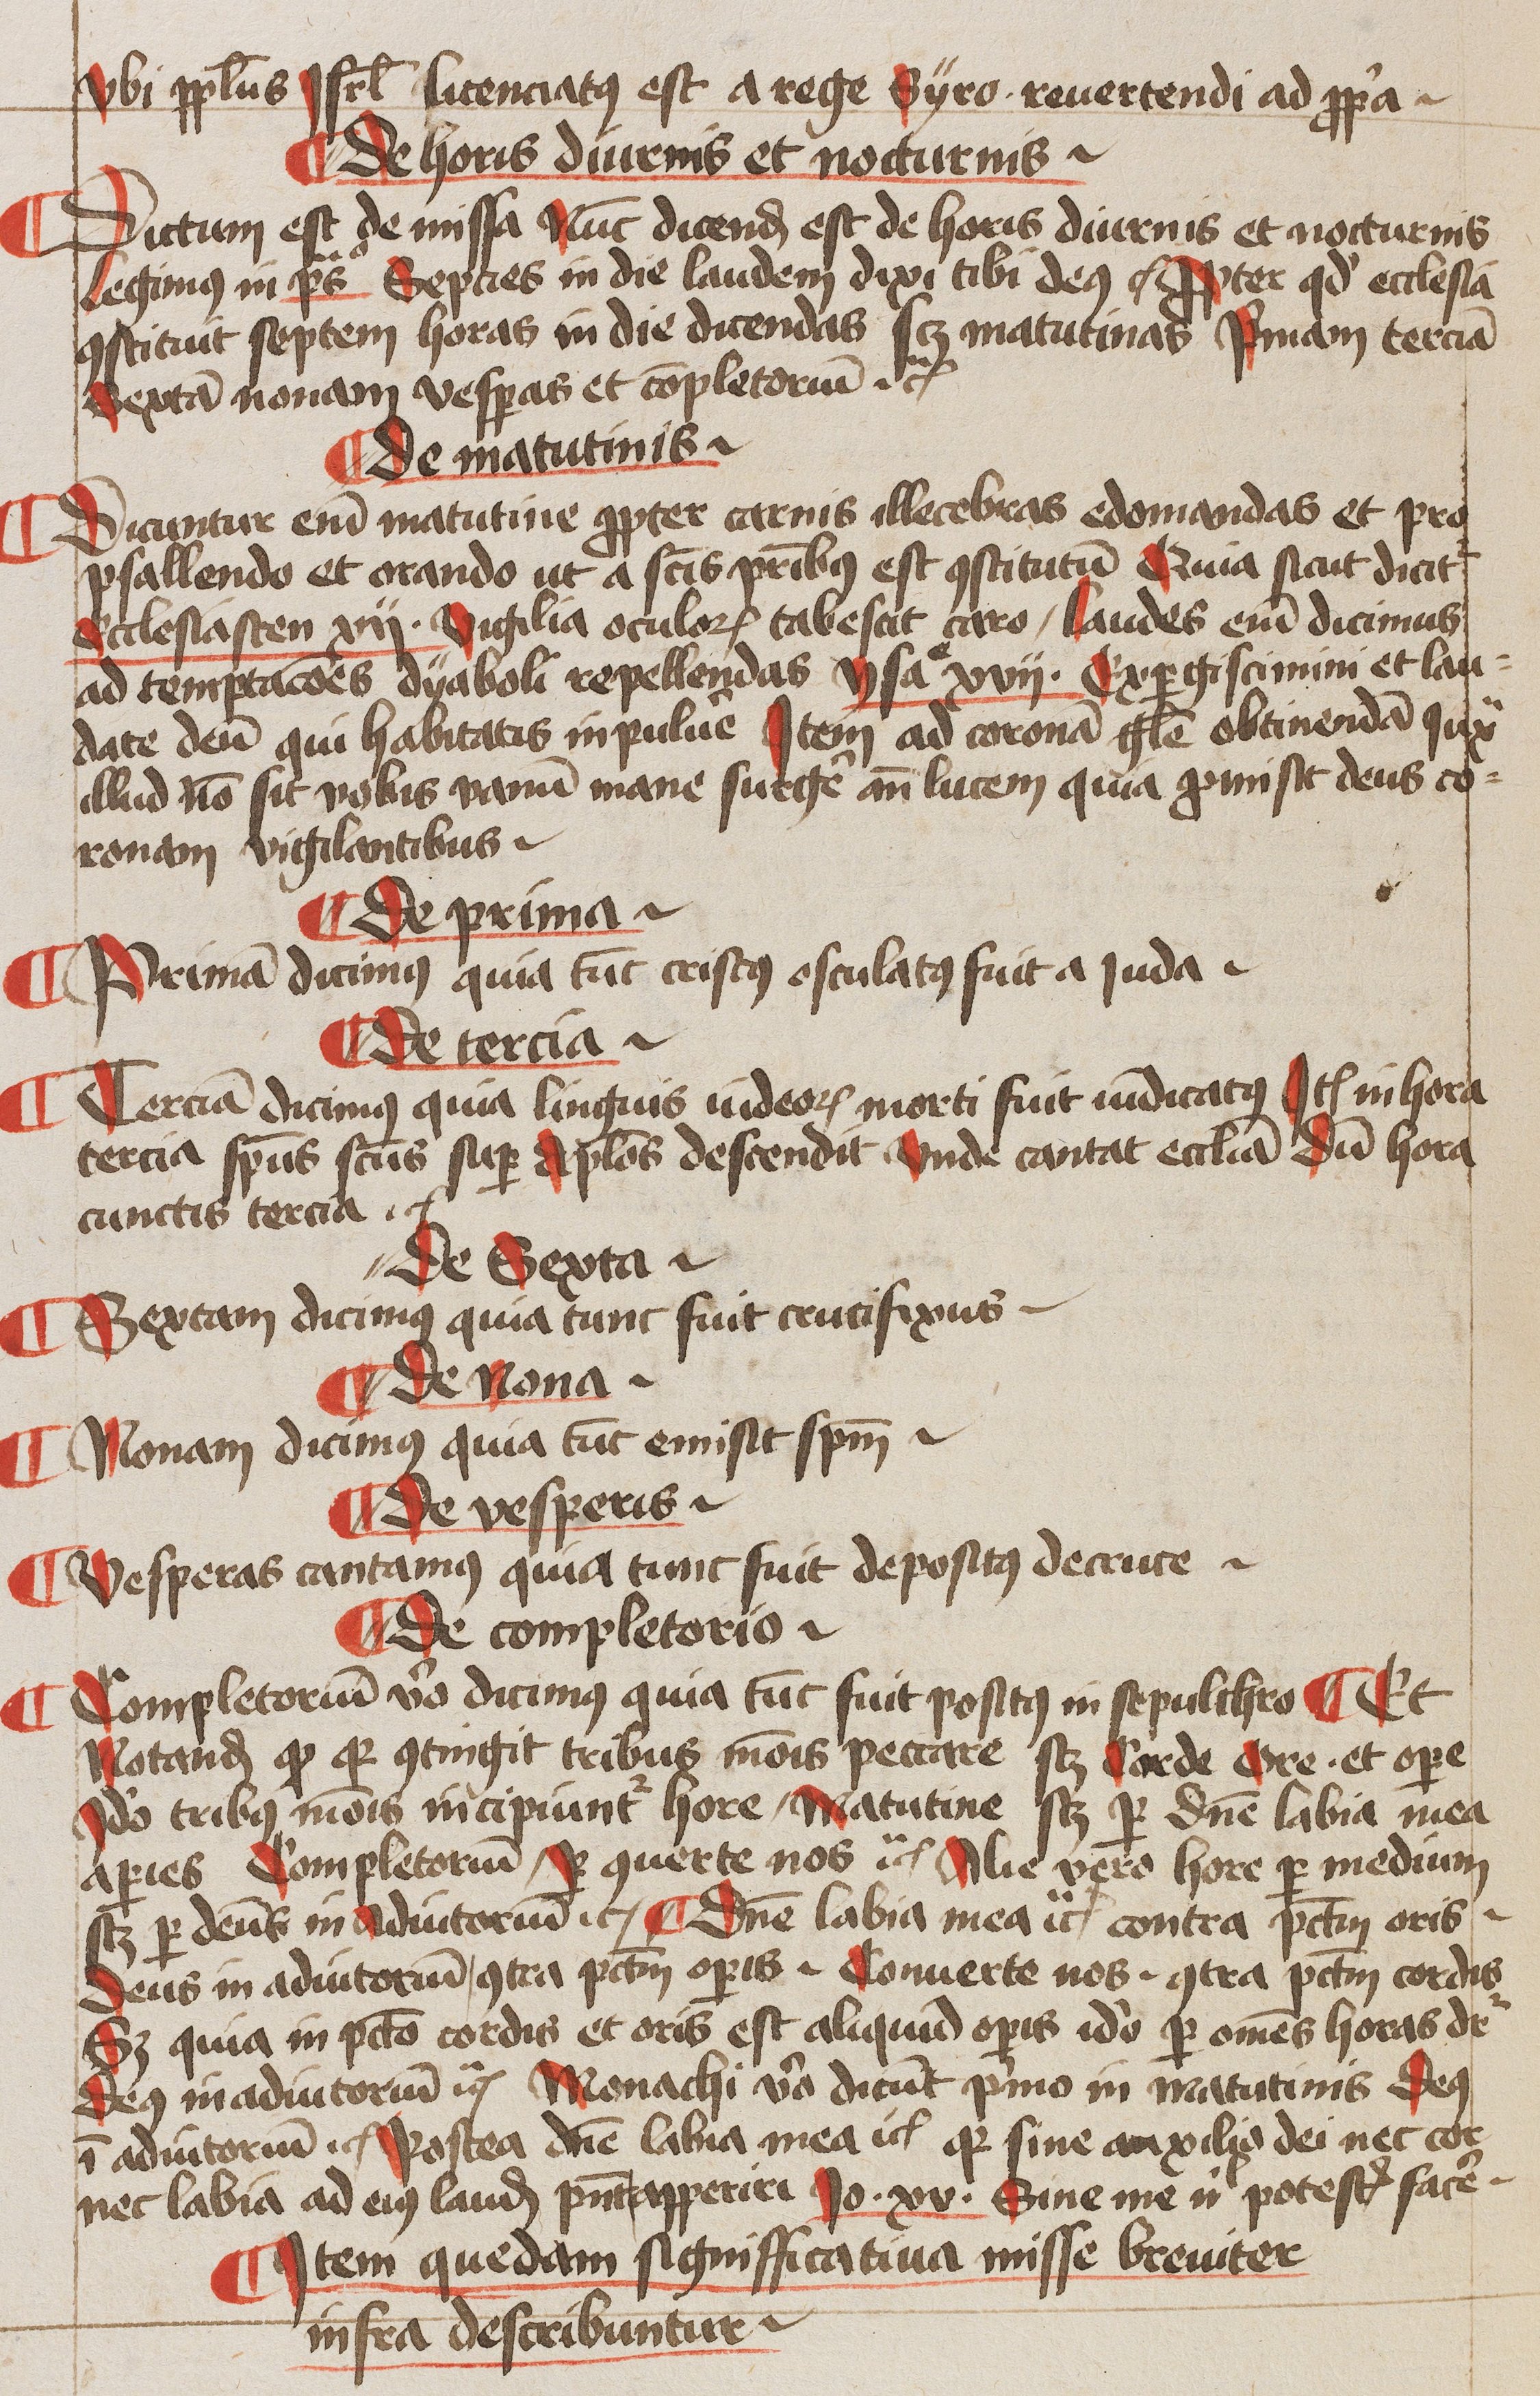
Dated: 1445–1445